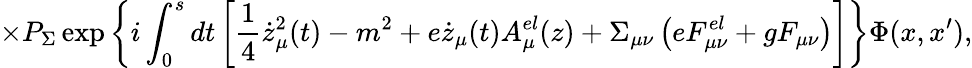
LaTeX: \times P_{\Sigma}\exp\left\{ i\int_{0}^{s}dt\left[\frac 14\dot{z}_{\mu}^{2}(t)-m^{2}+e\dot{z}_{\mu}(t)A_{\mu}^{el}(z)+\Sigma_{\mu\nu}\left(eF_{\mu\nu}^{el}+gF_{\mu\nu}\right)\right]\right\} \Phi(x,x^{\prime}),